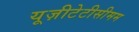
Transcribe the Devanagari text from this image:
यूज़ीटेटीसीमम